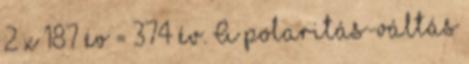
2 x 187 év = 374 év. A polaritás-váltás